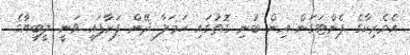
އެމެރިކާގެ ޕެންޓަގަން އިން ބުނި ގޮތުގައި ހަމަލާ ދޭން ފަށާފައި ވަނީ ލީބިޔާގެ